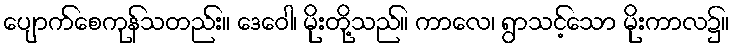
ပျောက်စေကုန်သတည်း။ ဒေဝေါ၊ မိုးတို့သည်။ ကာလေ၊ ရွာသင့်သော မိုးကာလ၌။